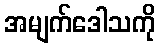
အမျက်ဒေါသကို